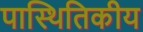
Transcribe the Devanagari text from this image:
पास्थितिकीय